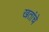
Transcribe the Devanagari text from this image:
खतांचे